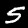
Digit: 5